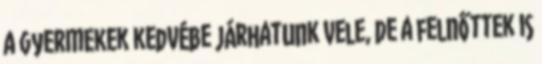
a gyermekek kedvébe járhatunk vele, de a felnőttek is